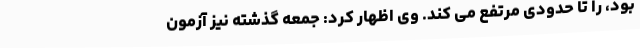
بود، را تا حدودی مرتفع می کند. وی اظهار کرد: جمعه گذشته نیز آزمون